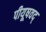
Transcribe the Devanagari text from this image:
पीयूषवद्